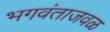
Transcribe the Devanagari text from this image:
भगवंताजवळ